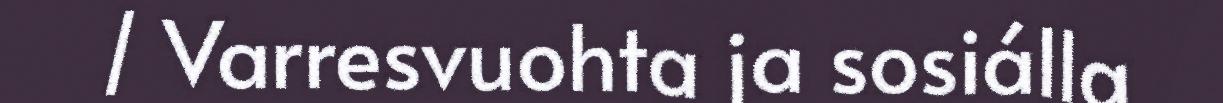
/ Varresvuohta ja sosiálla